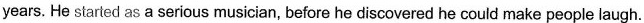
years. He started as a serious musician, before he discovered he could make people laugh.